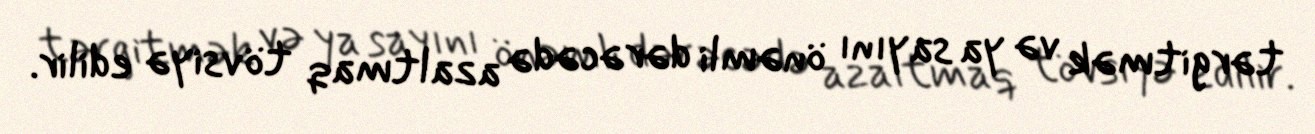
tərgitmək və ya sayını önəmli dərəcədə azaltmaq tövsiyə edilir.